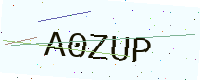
Text: A0ZUP